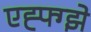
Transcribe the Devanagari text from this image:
एह्फ्ग्झे